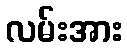
လမ်းအား